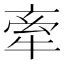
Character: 牽